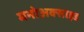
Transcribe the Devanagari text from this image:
मनोअक्‍साइड